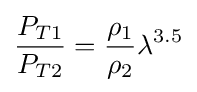
{\frac {P_{T1}}{P_{T2}}}={\frac {\rho _{1}}{\rho _{2}}}\lambda ^{3.5}